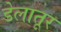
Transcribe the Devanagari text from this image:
डेलातूर